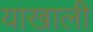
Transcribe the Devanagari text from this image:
याखाली